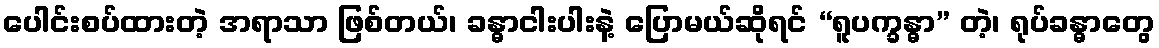
ပေါင်းစပ်ထားတဲ့ အရာသာ ဖြစ်တယ်၊ ခန္ဓာငါးပါးနဲ့ ပြောမယ်ဆိုရင် “ရူပက္ခန္ဓာ” တဲ့၊ ရုပ်ခန္ဓာတွေ